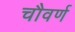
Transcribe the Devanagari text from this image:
चौवर्ण